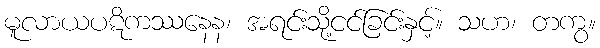
မူလာယပဋိကဿနေန၊ အရင်းသို့ငင်ခြင်းနှင့်။ သဟ၊ တကွ။